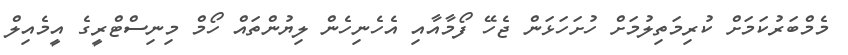
މެމްބަރުކަމަށް ކުރިމަތިލުމަށް ހުށަހަޅަން ޖެހޭ ފޯމާއާއި އެހެނިހެން ލިޔުންތައް ހޯމް މިނިސްޓްރީގެ އީމެއިލް